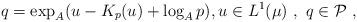
LaTeX: \begin{align*} q = \exp _{A}(u-K_p(u)+\log _{A}p),u\in L^{1}(\mu )\ , \ q \in \mathcal P \ ,\end{align*}